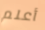
أعلم